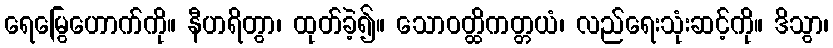
ရေမြွေဟောက်ကို။ နီဟရိတွာ၊ ထုတ်ခဲ့၍။ သောဝတ္ထိကတ္တယံ၊ လည်ရေးသုံးဆင့်ကို။ ဒိသွာ၊